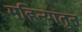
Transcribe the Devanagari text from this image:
महिन्यातुन